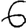
Digit: 6